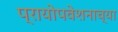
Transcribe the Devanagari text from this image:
प्रायोपवेशनाच्या